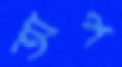
অপ